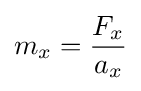
m_{x}={\frac {F_{x}}{a_{x}}}